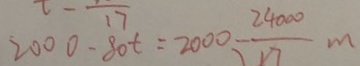
2 0 0 0 - 8 0 t = 2 0 0 0 - \frac { 2 4 0 0 0 } { 1 7 } m